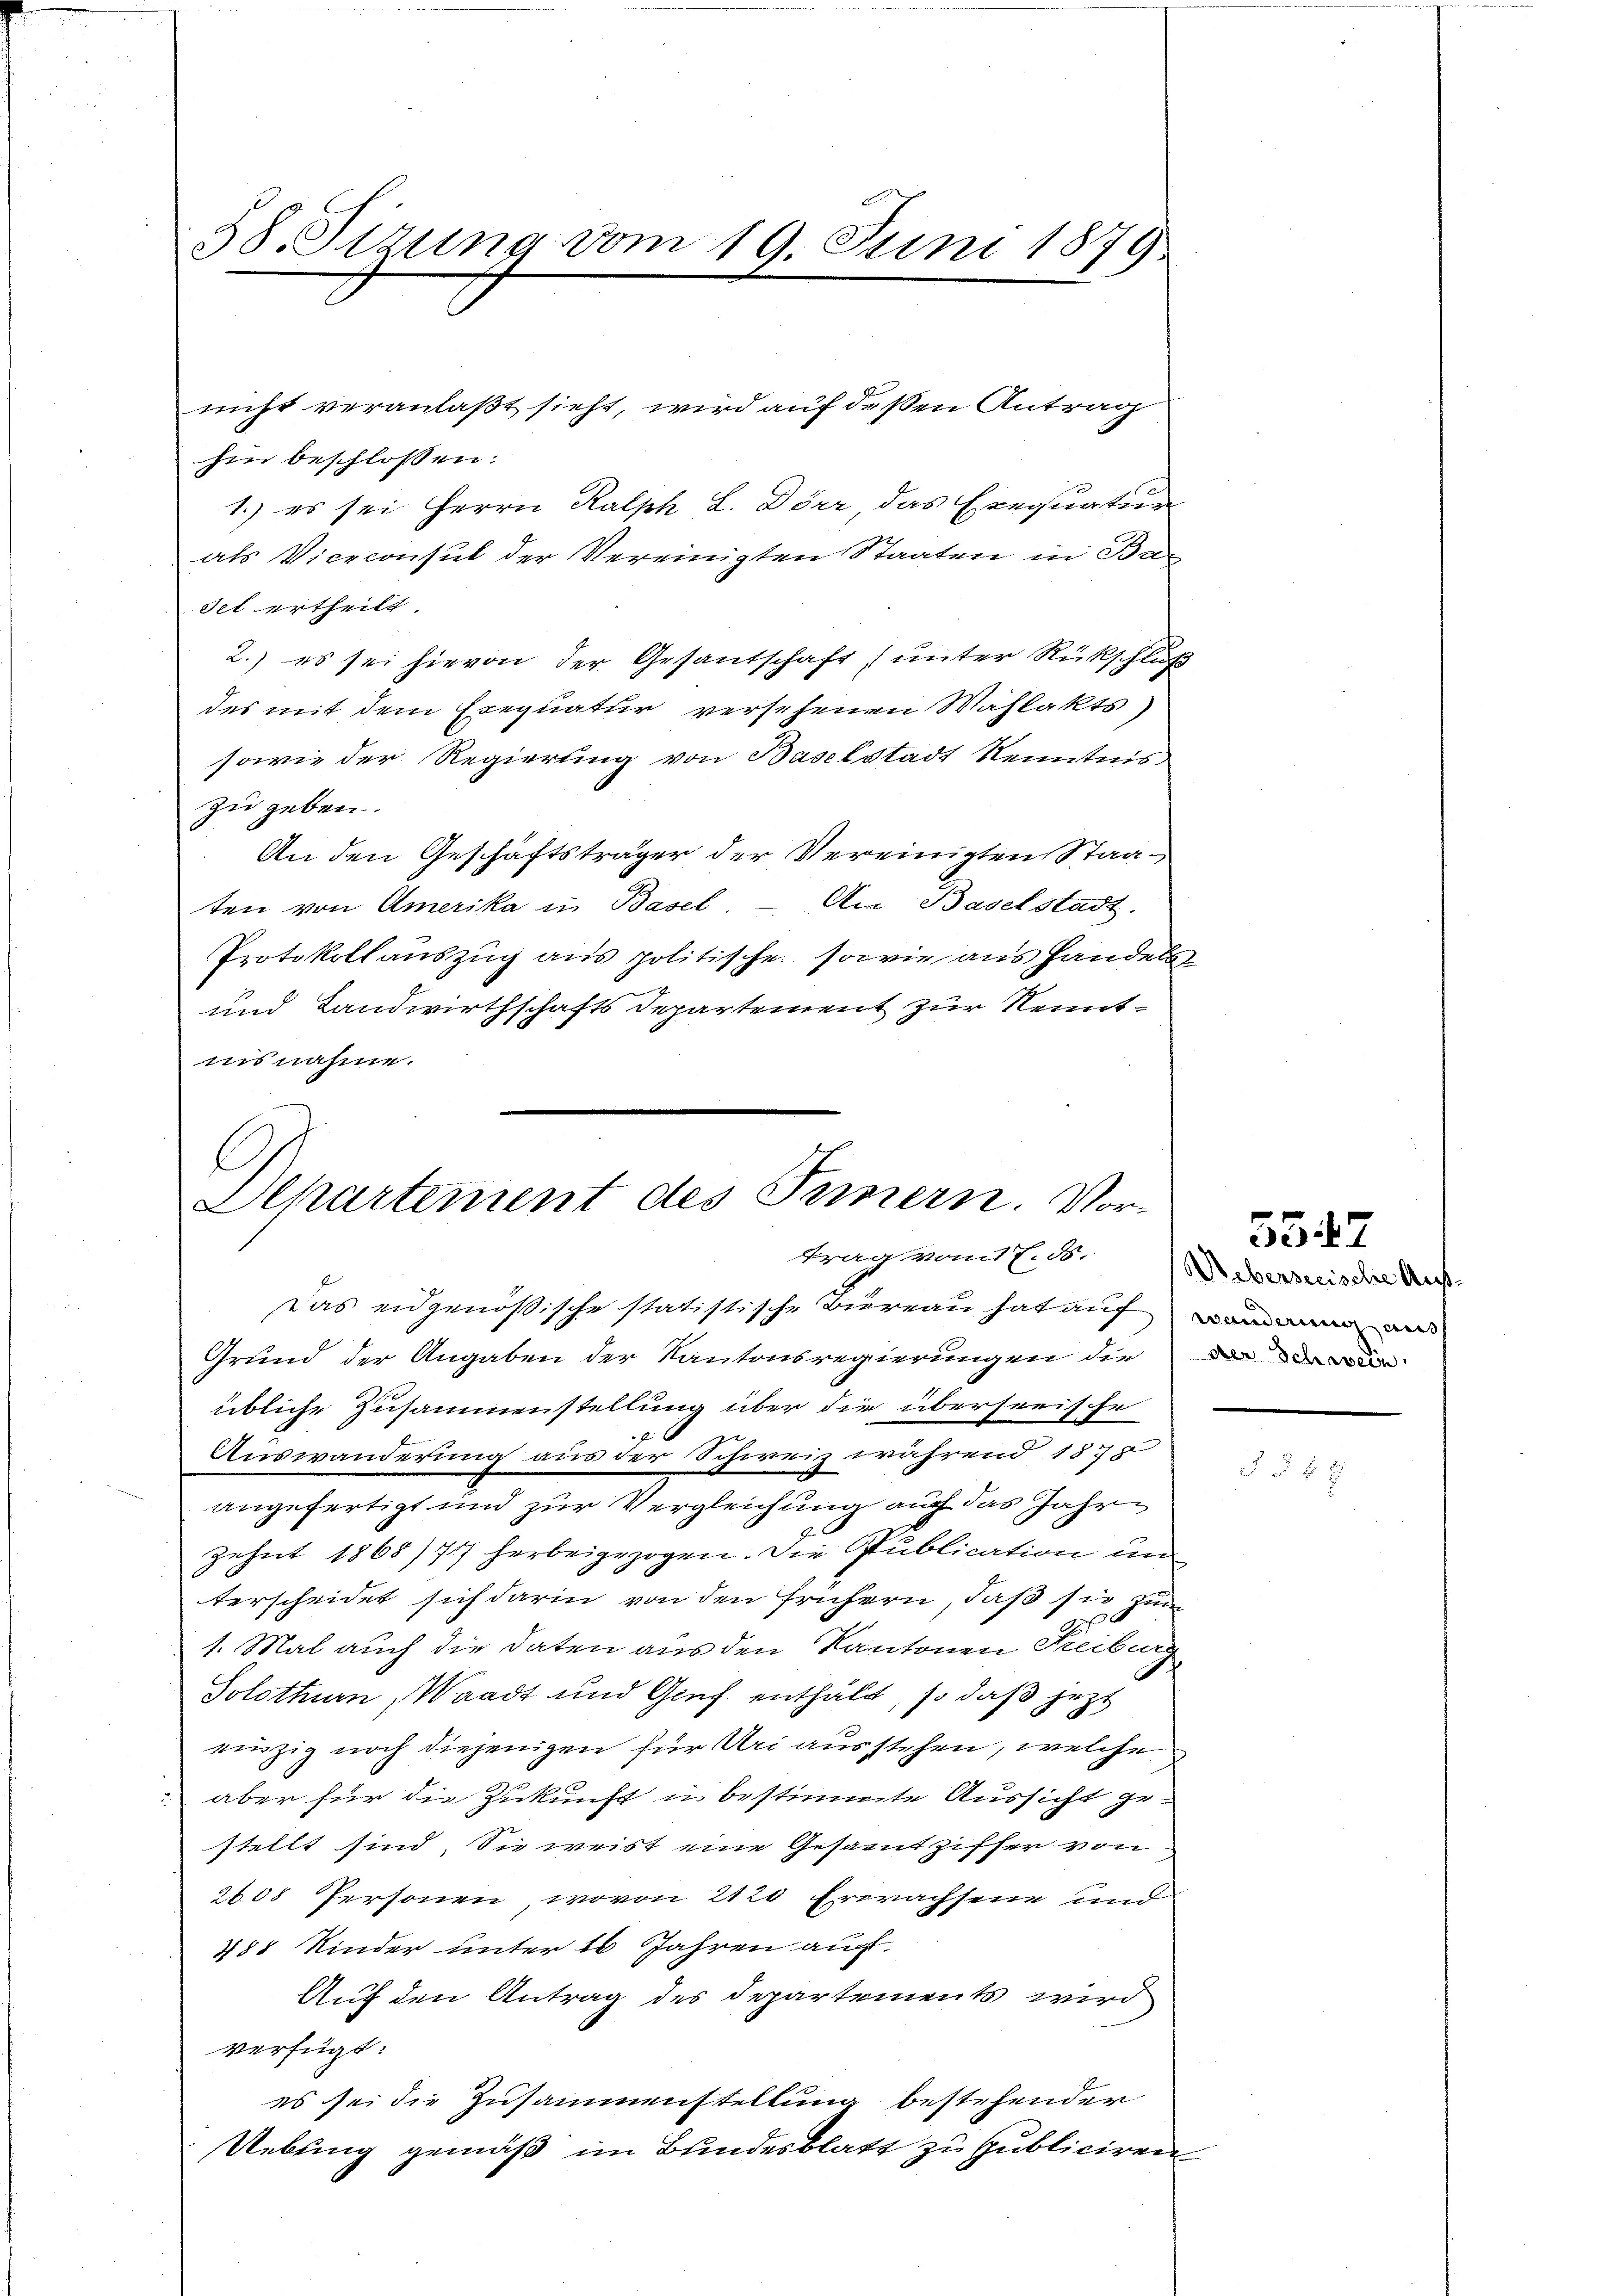
38. Sizung vom 19. Juni 1879

hin beschlossen:
1.) es sei Herrn Kalph L. Dier das Exequatur
als Viceconsul der Vereinigten Staaten in Bar
det ertheilt.
2.) es sei hievon der Gesantschaft (unter Rückschluß
des mit dem Erequatur versehenen Wahlakts)
sowie der Regierung von Baselstadt Kenntnis
zu geben.
An den Geschäftsträger der Vereinigten Staaten von Amerika in Basel. – An Baselstadt.
Protokollauszug aus politische sowie aus Handels
und Landwirthschafts Departement zur Kenntinsnahme.

l
Departement des Ternern. Vortrag vom 7. ds.
Das eidgenößische statistische Biereau hat auf un
Grund der Angaben der Kantonsregierungen die

nicht veranlaßt sicht, wird auf deßen Antrag

übliche Zusammenstellung über die überseeische
Auswanderung aus der Schweiz während 1870
angefertigt und zur Vergleichung auch das Jahre
Zehnt 1868/77 herbeigezogen. Die Publication un
terscheidet sich darin von den frühern, daß sie zum
.
1. Mal auch die Daten aus den Kantonen Freiburg
Solothurn, Waadt und Graf enthält, so daß jetzt
einzig noch diejenigen für Uri ausstehen, welche
 aber für die Zukunft u bestimmte Aussicht gestellt sind. Sie weist eine Gesamtziffer von
2108 Personen, wovon 2120 Erwachsene und
488 Kinder unter 16 Jahren auch
Auf den Antrag des Departements wird
verfügt:
es sei die Zusammenstellung bestehender
Uebung gemäß im Bundesblatt zu publiciren

35. 47
Ueberseeische Auf¬